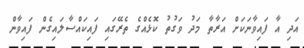
އަދި އާ ފައިވާނަކަށް އަރާތާ މަދު ވަގުތު ކޮޅެއްގެ ތެރޭގައި ފައިކައްސާލައިގެން ފައިވާން